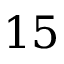
1 5